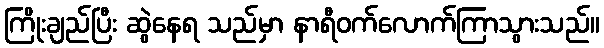
ကြိုးချည်ပြီး ဆွဲနေရ သည်မှာ နာရီဝက်လောက်ကြာသွားသည်။